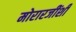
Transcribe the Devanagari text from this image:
मोरारजींशी